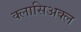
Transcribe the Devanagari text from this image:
क्लासिअक्ल